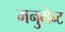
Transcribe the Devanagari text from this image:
मनुमेन्ट